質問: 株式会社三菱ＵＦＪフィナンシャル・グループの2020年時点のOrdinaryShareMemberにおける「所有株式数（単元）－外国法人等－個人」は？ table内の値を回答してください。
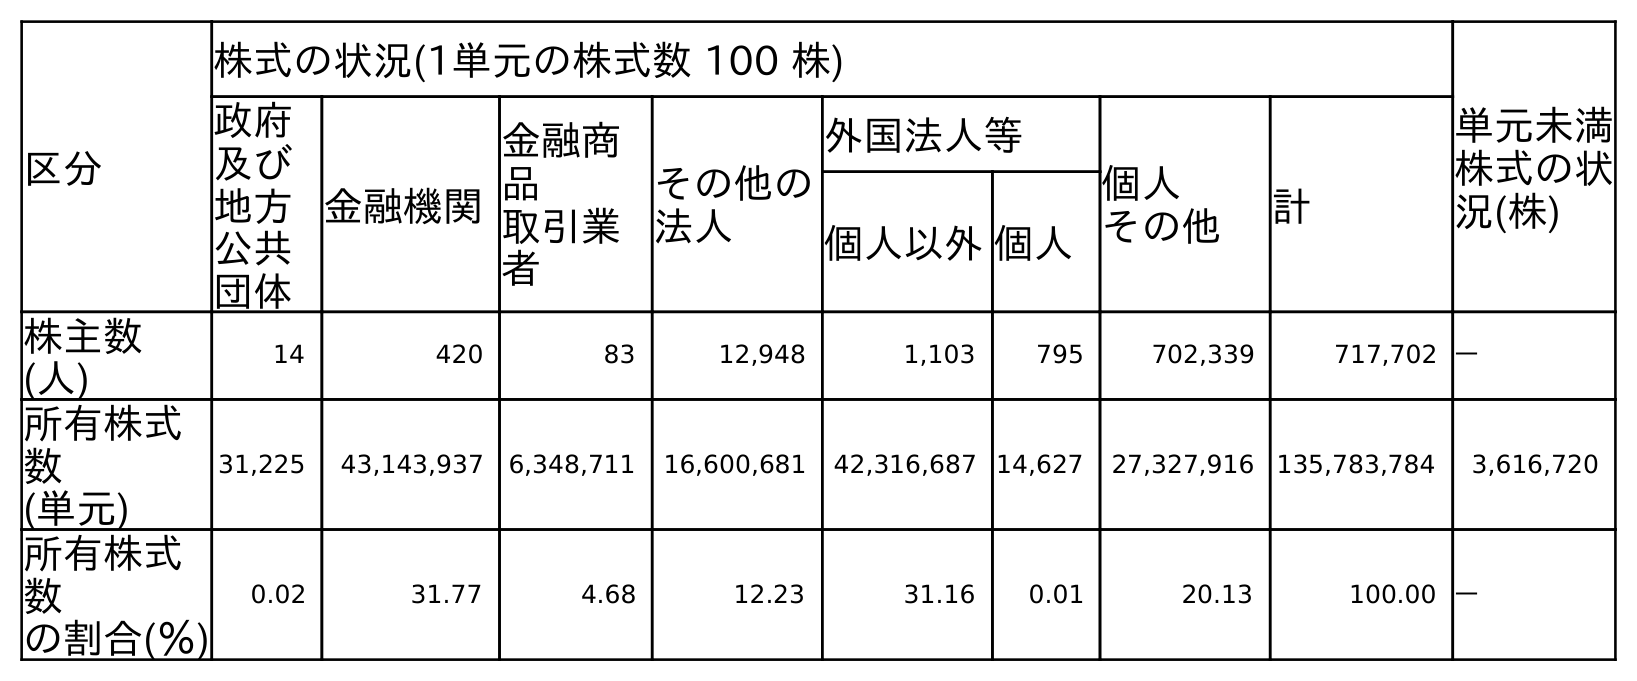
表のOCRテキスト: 区分 株式の状況(1単元の株式数 100 株) 単元未満 株式の状 況(株) 政府 及び 地方 公共 団体 金融機関 金融商 品 取引業 者 その他の 法人 外国法人等 個人 その他 計 個人以外個人 株主数 (人) 14 420 83 12,948 1,103 795 702,339 717,702 ― 所有株式 数 (単元) 31,225 43,143,937 6,348,711 16,600,681 42,316,687 14,627 27,327,916 135,783,784 3,616,720 所有株式 数 の割合(％) 0.02 31.77 4.68 12.23 31.16 0.01 20.13 100.00 ―
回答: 14,627